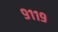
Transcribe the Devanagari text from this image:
९११९